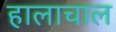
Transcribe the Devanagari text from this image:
हालाचाल